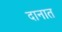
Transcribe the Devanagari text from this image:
दानात